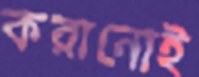
করানোই